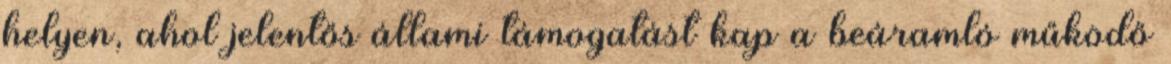
helyen, ahol jelentős állami támogatást kap a beáramló működő